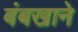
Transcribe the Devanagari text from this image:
बंबखाने